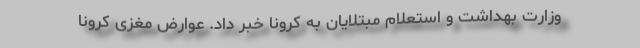
وزارت بهداشت و استعلام مبتلایان به کرونا خبر داد. عوارض مغزی کرونا